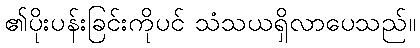
၏ပိုးပန်းခြင်းကိုပင် သံသယရှိလာပေသည်။